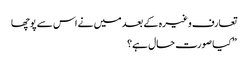
تعارف وغیرہ کے بعد میں نے اس سے پوچھا
” کیا صورت حال ہے؟